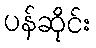
ပန်ဆိုင်း